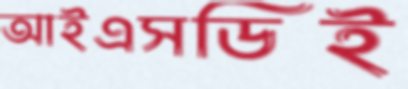
আইএসডিই